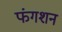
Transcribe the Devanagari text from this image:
फंगशन